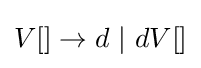
V[]\to d~|~dV[]